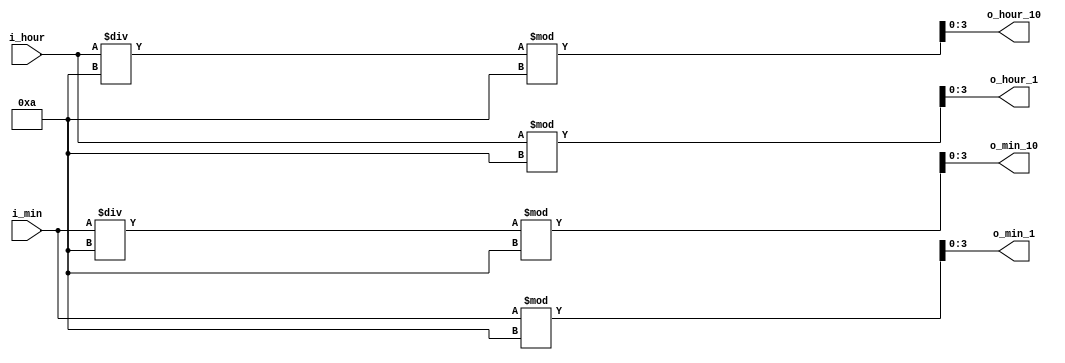
`timescale 1ns / 1ps

module Digit_Divider_Timer(
    input[5:0] i_hour, i_min, // i_sec,
    output[3:0] o_hour_10, o_hour_1, o_min_10, o_min_1 //, o_sec_10, o_sec_1
    );

    assign o_hour_10 = i_hour / 10 % 10;
    assign o_hour_1  = i_hour % 10;
    
    assign o_min_10 = i_min / 10 % 10;
    assign o_min_1  = i_min % 10;

    // assign o_sec_10 = i_sec / 10 % 10;
    // assign o_sec_1  = i_sec % 10;
    
    /*ab:cd 12:34                                                                                                                                                                                                                                                                                                                                                                                                                                                                                                                                                                                                                                                                                                                                                                                                                                                                                                                                                                                                                                                                                                                                                                                                                                           

    i_sec_10 = i_a = 12 / 10 = 1, 1 % 10 = 1
    i_sec_1  = i_b = 12 % 10 = 2
    i_msec_10  = i_c = 34 / 10 = 3, 3 % 10 = 3
    i_msec_1   = i_d = 34 % 10 = 4
    12 : 34 . 
    */
endmodule